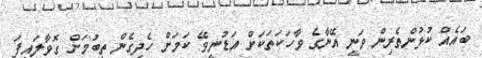
ބައެއް ކުޅުންތެރިން ވަނީ އޭނާގެ ވާހަކަތަކަށް އަޑުނީވޭ ކަމަށް ހެދިގެން ތިބުމަށް ގޮވާލައިފަ